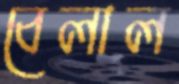
বেলাল